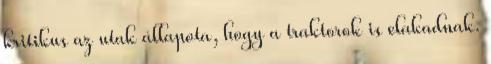
kritikus az utak állapota, hogy a traktorok is elakadnak.